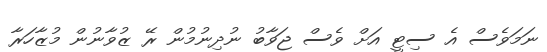
ނަމަވެސް އެ ސިޓީ އަށް ވެސް ޖަވާބު ނުދިނުމުން ރޭ ޒުވާނުން މުޒާހަރާ